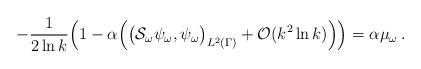
LaTeX: \begin{align*}-\frac{1}{2\ln k} \Big(1-\alpha \Big( \big(\mathcal{S}_\omega\psi_\omega , \psi_\omega \big)_{L^2 (\Gamma )}+ \mathcal{O}(k^2\ln k)\Big) \Big)=\alpha \mu_\omega\,.\end{align*}